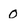
Character: 0